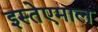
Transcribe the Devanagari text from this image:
इस्तेएमाल